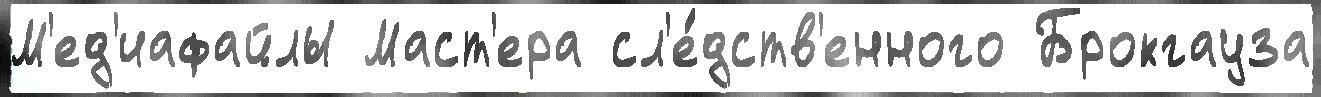
М'ед'иафайлы Маст'ера сл'е́дств'енного Брокгауза